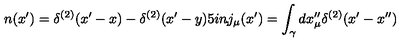
n ( x ^ { \prime } ) = \delta ^ { ( 2 ) } ( x ^ { \prime } - x ) - \delta ^ { ( 2 ) } ( x ^ { \prime } - y ) \makebox [ . 5 i n ] { , } j _ { \mu } ( x ^ { \prime } ) = \int _ { \gamma } d x _ { \mu } ^ { \prime \prime } \delta ^ { ( 2 ) } ( x ^ { \prime } - x ^ { \prime \prime } )